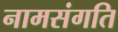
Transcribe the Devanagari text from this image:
नामसंगति